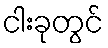
ငါးခုတွင်